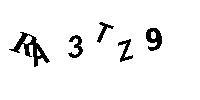
RA3TZ9